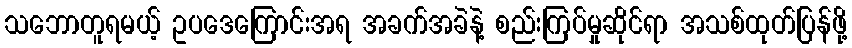
သဘောတူရမယ့် ဥပဒေကြောင်းအရ အခက်အခဲနဲ့ စည်းကြပ်မှုဆိုင်ရာ အသစ်ထုတ်ပြန်ဖို့